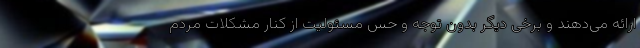
ارائه می‌دهند و برخی دیگر بدون توجه و حس مسئولیت از کنار مشکلات مردم